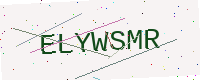
Text: ELYWSMR